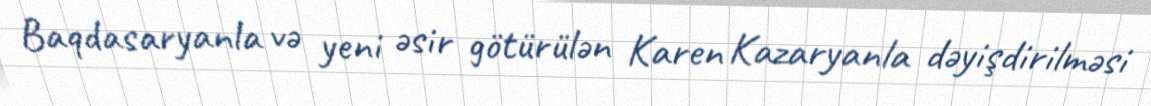
Baqdasaryanla və yeni əsir götürülən Karen Kazaryanla dəyişdirilməsi